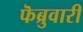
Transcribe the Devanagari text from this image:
फॆब्रुवारी